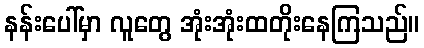
နန်းပေါ်မှာ လူတွေ အုံးအုံးထတိုးနေကြသည်။